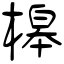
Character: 槔